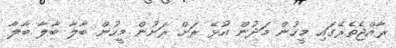
ރާއްޖެތެރޭގައި މީހުން މަދުން އުޅޭ ރަށް ރަށުން މީހުން ބާލާ ބާލާ ބާލާ